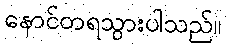
နောင်တရသွားပါသည်။